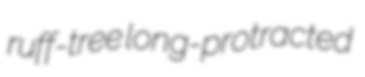
ruff-tree long-protracted